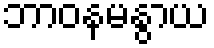
ဘာဝနမနွာယ